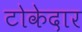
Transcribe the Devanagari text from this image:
टोकेदार